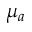
\mu _ { a }